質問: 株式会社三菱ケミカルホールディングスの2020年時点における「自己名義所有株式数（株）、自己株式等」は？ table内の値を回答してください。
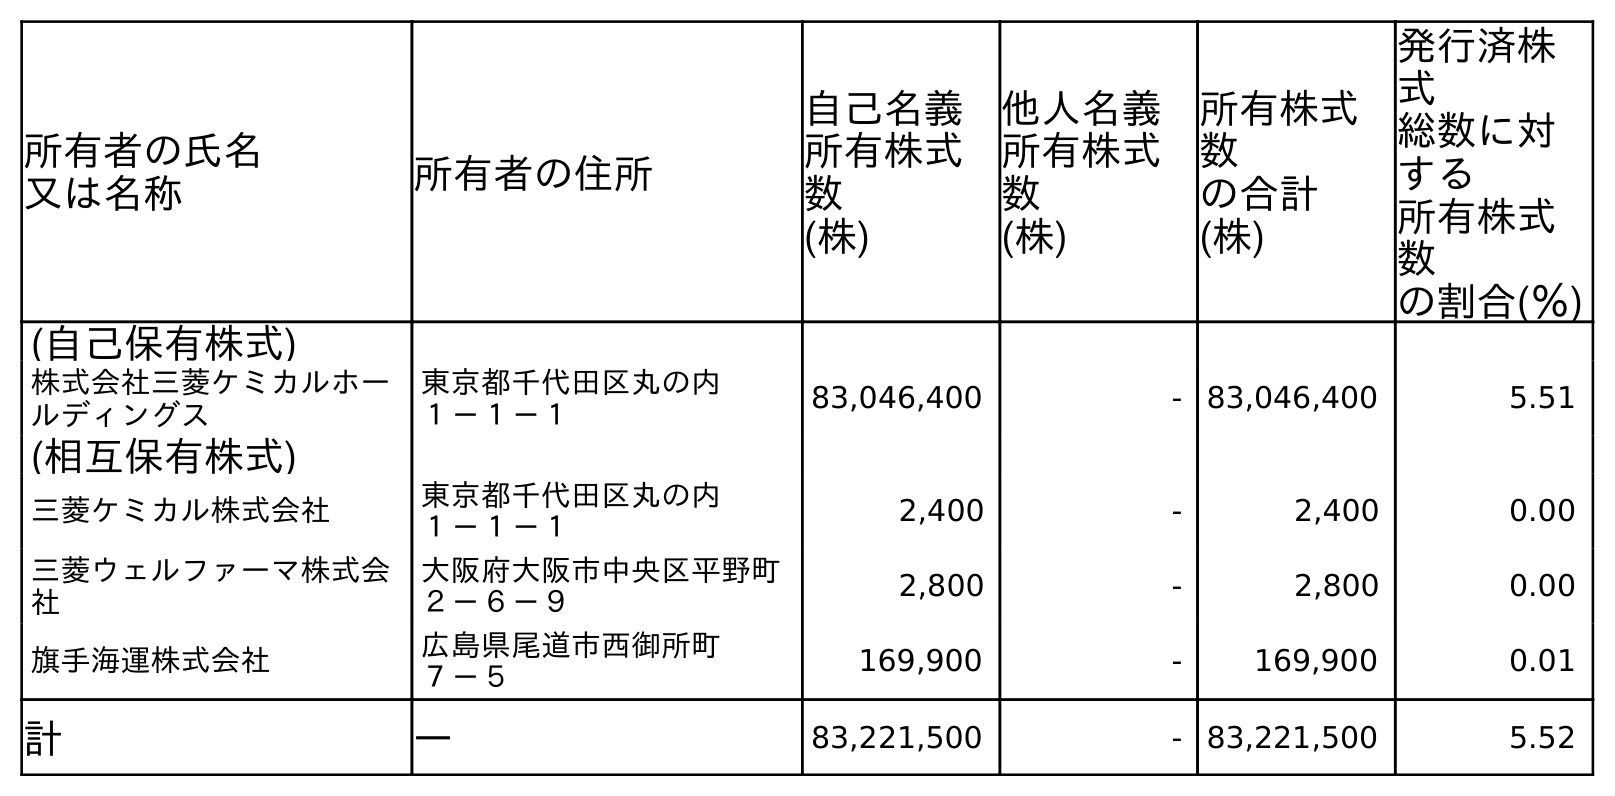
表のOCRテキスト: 所有者の氏名 又は名称 所有者の住所 自己名義 所有株式 数 (株) 他人名義 所有株式 数 (株) 所有株式 数 の合計 (株) 発行済株 式 総数に対 する 所有株式 数 の割合(％) (自己保有株式) 株式会社三菱ケミカルホー ルディングス 東京都千代田区丸の内 １－１－１ 83,046,400 - 83,046,400 5.51 (相互保有株式) 三菱ケミカル株式会社 東京都千代田区丸の内 １－１－１ 2,400 - 2,400 0.00 三菱ウェルファーマ株式会 社 大阪府大阪市中央区平野町 ２－６－９ 2,800 - 2,800 0.00 旗手海運株式会社 広島県尾道市西御所町 ７－５ 169,900 - 169,900 0.01 計 ― 83,221,500 - 83,221,500 5.52
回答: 83,221,500